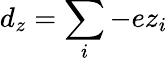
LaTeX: d_{z}=\sum_{i}-ez_{i}